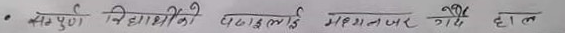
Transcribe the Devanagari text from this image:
पूर्ण विद्यार्थीको पढाइलाई गम्भीर गर्छ हाल।